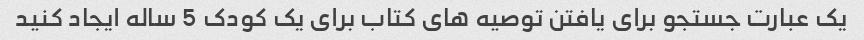
یک عبارت جستجو برای یافتن توصیه های کتاب برای یک کودک 5 ساله ایجاد کنید